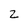
Character: Z